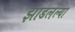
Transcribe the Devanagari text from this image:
झाडलेल्या